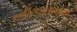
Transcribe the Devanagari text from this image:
द्राक्षोत्पादनासाठी